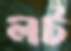
লট